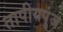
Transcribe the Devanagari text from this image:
तापीयपुंज